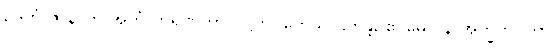
ဥဒကံ ဇာနာတိ အဟံ တရုဏတာလဋ္ဌိကူပကေသု ဌိတန္တိ, ဧဝမေဝ န အက္ခိကူပကာ